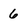
Character: 6